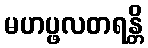
မဟပ္ဖလတရန္တိ